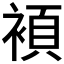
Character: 𮖗